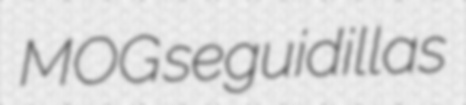
MOG seguidillas